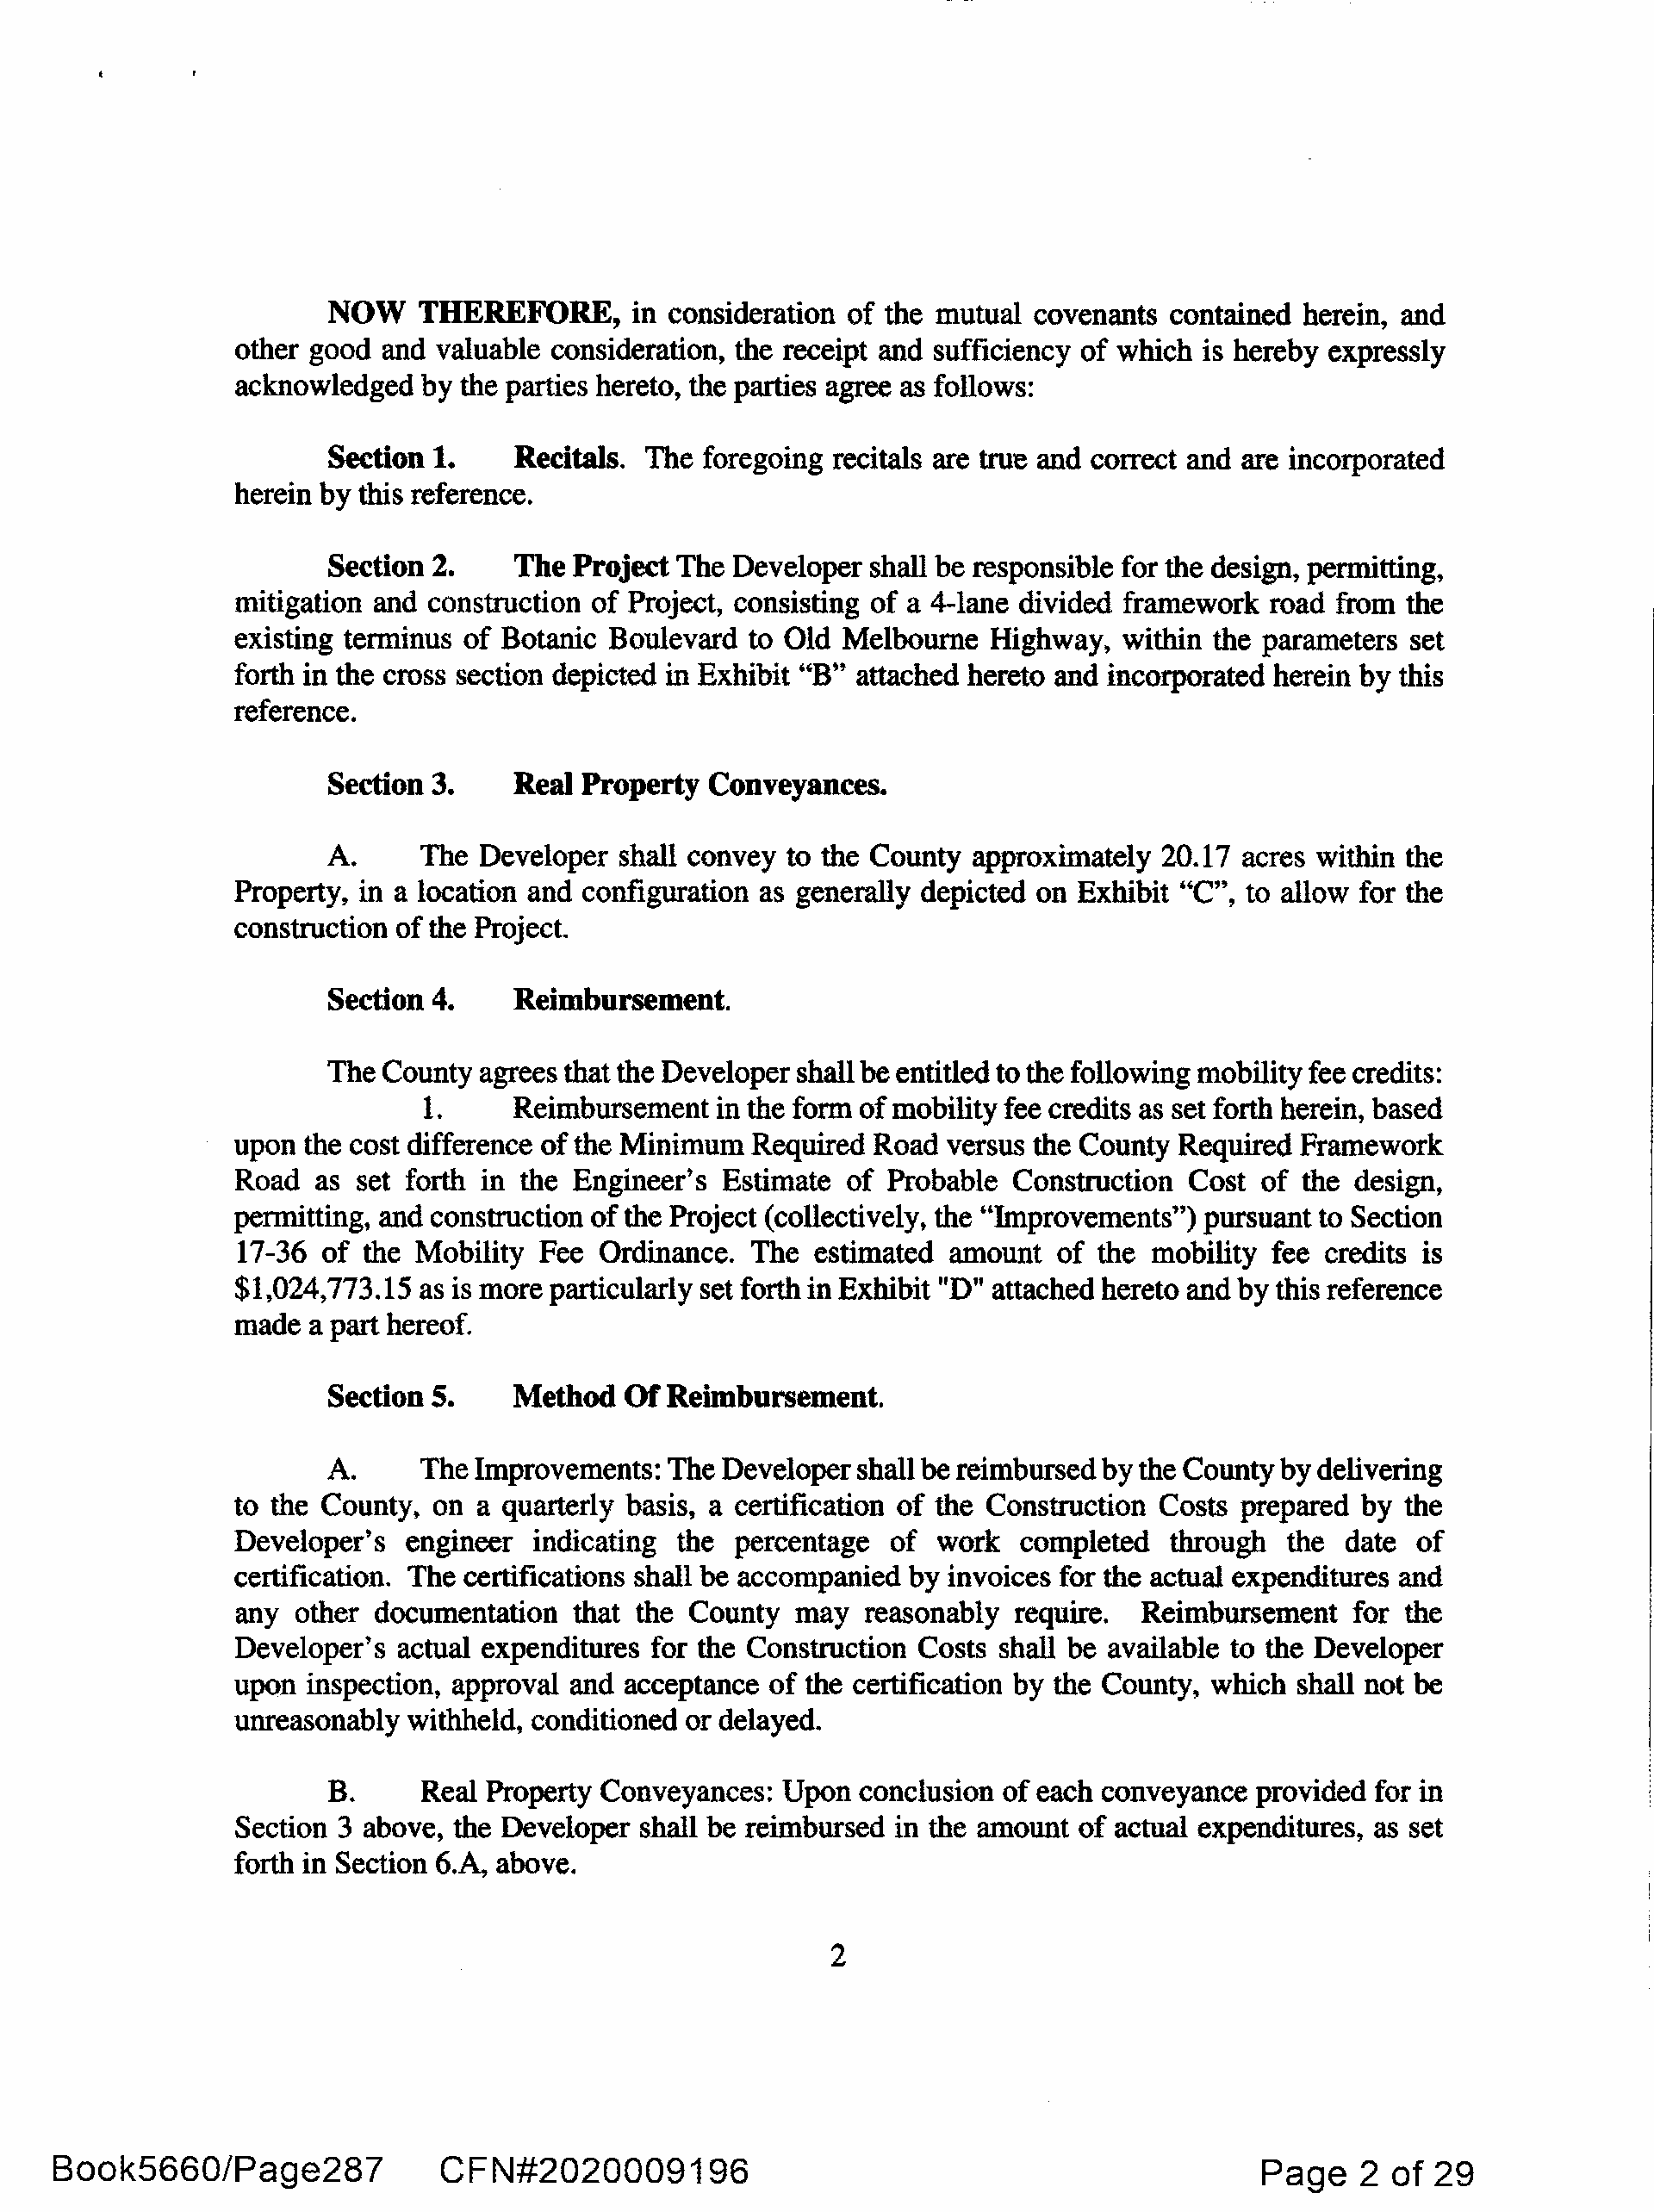
NOW   THEREFORE,       in consideration of the mutual covenants contained herein, and
 other good  and valuable consideration, the receipt and sufficiency of which is hereby expressly
 acknowledged   by the parties hereto, the parties agree as follows:
 Section 1.    Recitals. The foregoing recitals are true and correct and are incorporated
 herein by this reference.
 Section 2.    The Project The  Developer shall be responsible for the design, permitting,
 mitigation and construction of Project, consisting of a 4-lane divided framework road from the
 existing terminus of Botanic Boulevard  to Old Melbourne  Highway,   within the parameters set
 forth in the cross section depicted in Exhibit "B" attached hereto and incorporated herein by this
 reference.
 Section 3.    Real Property  Conveyances.
 A.      The Developer  shall convey to the County approximately  20.17 acres within the
 Property, in a location and configuration as generally depicted on Exhibit "C", to allow for the
 construction of the Project.
 Section 4.    Reimbursement.
 The  County agrees that the Developer shall be entitled to the following mobility fee credits:
 1.     Reimbursement  in the form of mobility fee credits as set forth herein, based
 upon  the cost difference of the Minimum Required Road versus the County Required Framework
 Road   as set forth in the Engineer's Estimate of  Probable Construction  Cost of the design,
 permitting, and construction of the Project (collectively, the "Improvements") pursuant to Section
 17-36 of the Mobility  Fee Ordinance.  The  estimated amount   of the mobility fee credits is
 $1,024,773.15  as is more particularly set forth in Exhibit "D" attached hereto and by this reference
 made  a part hereof.
 Section S.    Method  Of  Reimbursement.
 A.     The Improvements:  The Developer shall be reimbursed by the County by delivering
 to the County,  on a quarterly basis, a certification of the Construction Costs prepared by the
 Developer's   engineer indicating the  percentage  of work   completed  through  the  date of
 certification. The certifications shall be accompanied by invoices for the actual expenditures and
 any  other documentation  that the County  may   reasonably require.  Reimbursement   for the
 Developer's  actual expenditures for the Construction Costs shall be available to the Developer
 upon  inspection, approval and acceptance of the certification by the County, which shall not be
 unreasonably  withheld, conditioned or delayed.
 B.     Real Property Conveyances: Upon  conclusion of each conveyance  provided for in
 Section 3 above, the Developer shall be reimbursed in the amount of actual expenditures, as set
 forth in Section 6.A, above.
 2
 Book5660/Page287              CFN#2020009196                                                 Page    2 of  29